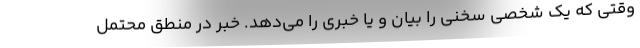
وقتی که یک شخصی سخنی را بیان و یا خبری را می‌دهد. خبر در منطق محتمل